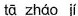
tā zháo jí